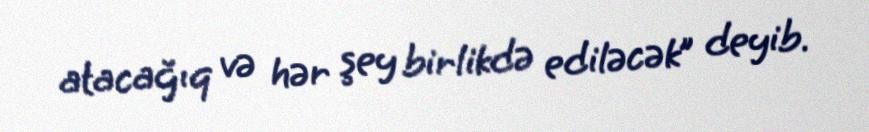
atacağıq və hər şey birlikdə ediləcək” deyib.